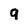
Character: q